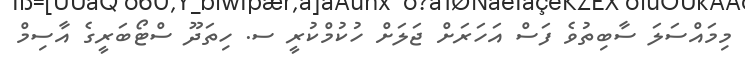
މިމައްސަލަ ސާބިތުވެ ފަސް އަހަރަށް ޖަލަށް ހުކުމްކުރީ ސ. ހިތަދޫ ސްޓޯބަރީގެ އާސިމް